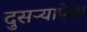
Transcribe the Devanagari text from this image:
दुसऱ्यापेक्षा